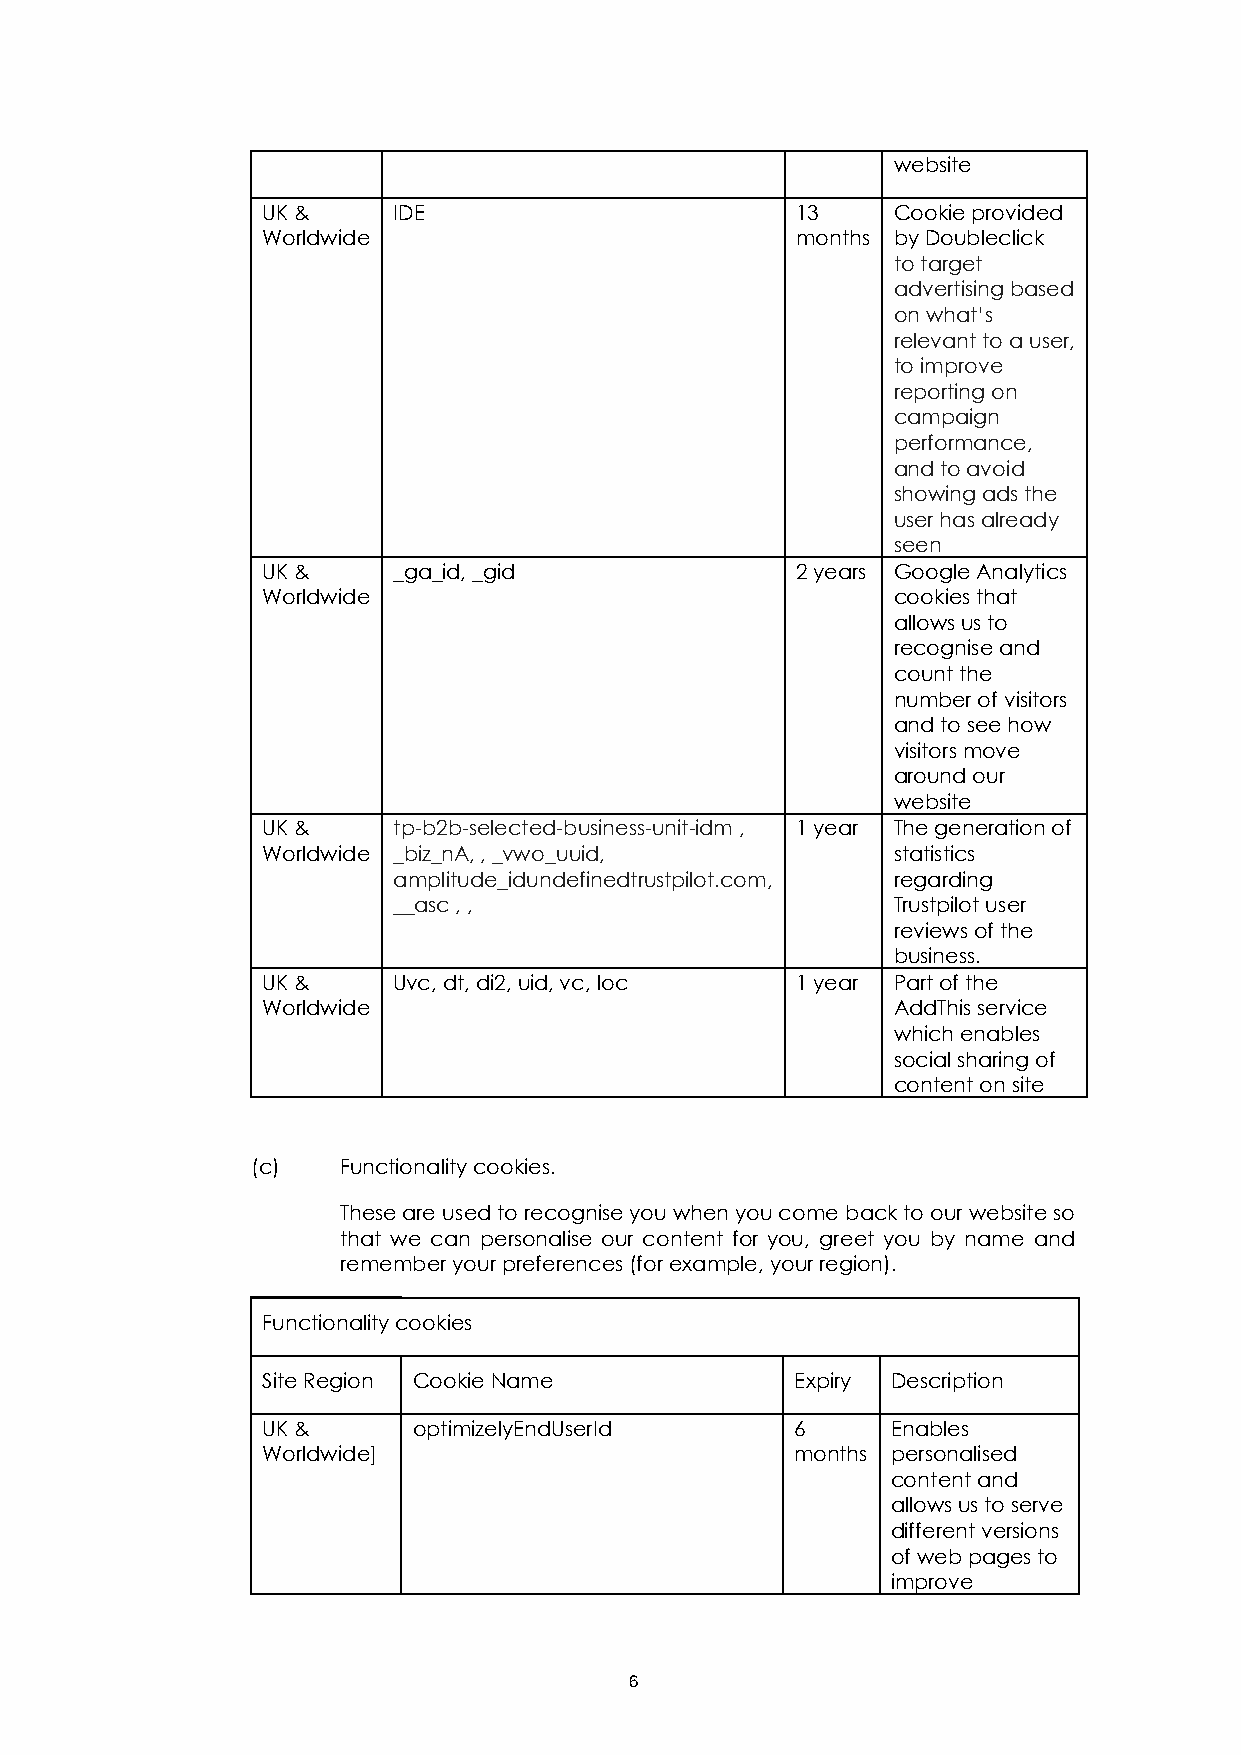
website
 UK &     IDE                        13    Cookie provided
 Worldwide                           months by Doubleclick
 to target
 advertising based
 on what’s
 relevant to a user,
 to improve
 reporting on
 campaign
 performance,
 and to avoid
 showing ads the
 user has already
 seen
 UK &     _ga_id, _gid               2 years Google Analytics
 Worldwide                                 cookies that
 allows us to
 recognise and
 count the
 number of visitors
 and to see how
 visitors move
 around our
 website
 UK &     tp-b2b-selected-business-unit-idm , 1 year The generation of
 Worldwide _biz_nA, , _vwo_uuid,           statistics
 amplitude_idundefinedtrustpilot.com, regarding
 __asc , ,                        Trustpilot user
 reviews of the
 business.
 UK &     Uvc, dt, di2, uid, vc, loc 1 year Part of the
 Worldwide                                 AddThis service
 which enables
 social sharing of
 content on site
 (c)   Functionality cookies.
 These are used to recognise you when you come back to our website so
 that we can personalise our content for you, greet you by name and
 remember your preferences (for example, your region).
 Functionality cookies
 Site Region Cookie Name             Expiry Description
 UK &      optimizelyEndUserId       6     Enables
 Worldwide]                          months p ersonalised
 content and
 allows us to serve
 different versions
 of web pages to
 improve
 6